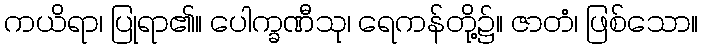
ကယိရာ၊ ပြုရာ၏။ ပေါက္ခဏီသု၊ ရေကန်တို့၌။ ဇာတံ၊ ဖြစ်သော။